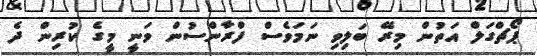
ޕޯޗްގަލް އަތުން މިރޭ ބަލިވި ނަމަވެސް ފްރާންސުން ވަނީ މީގެ ކުރިން ދެ